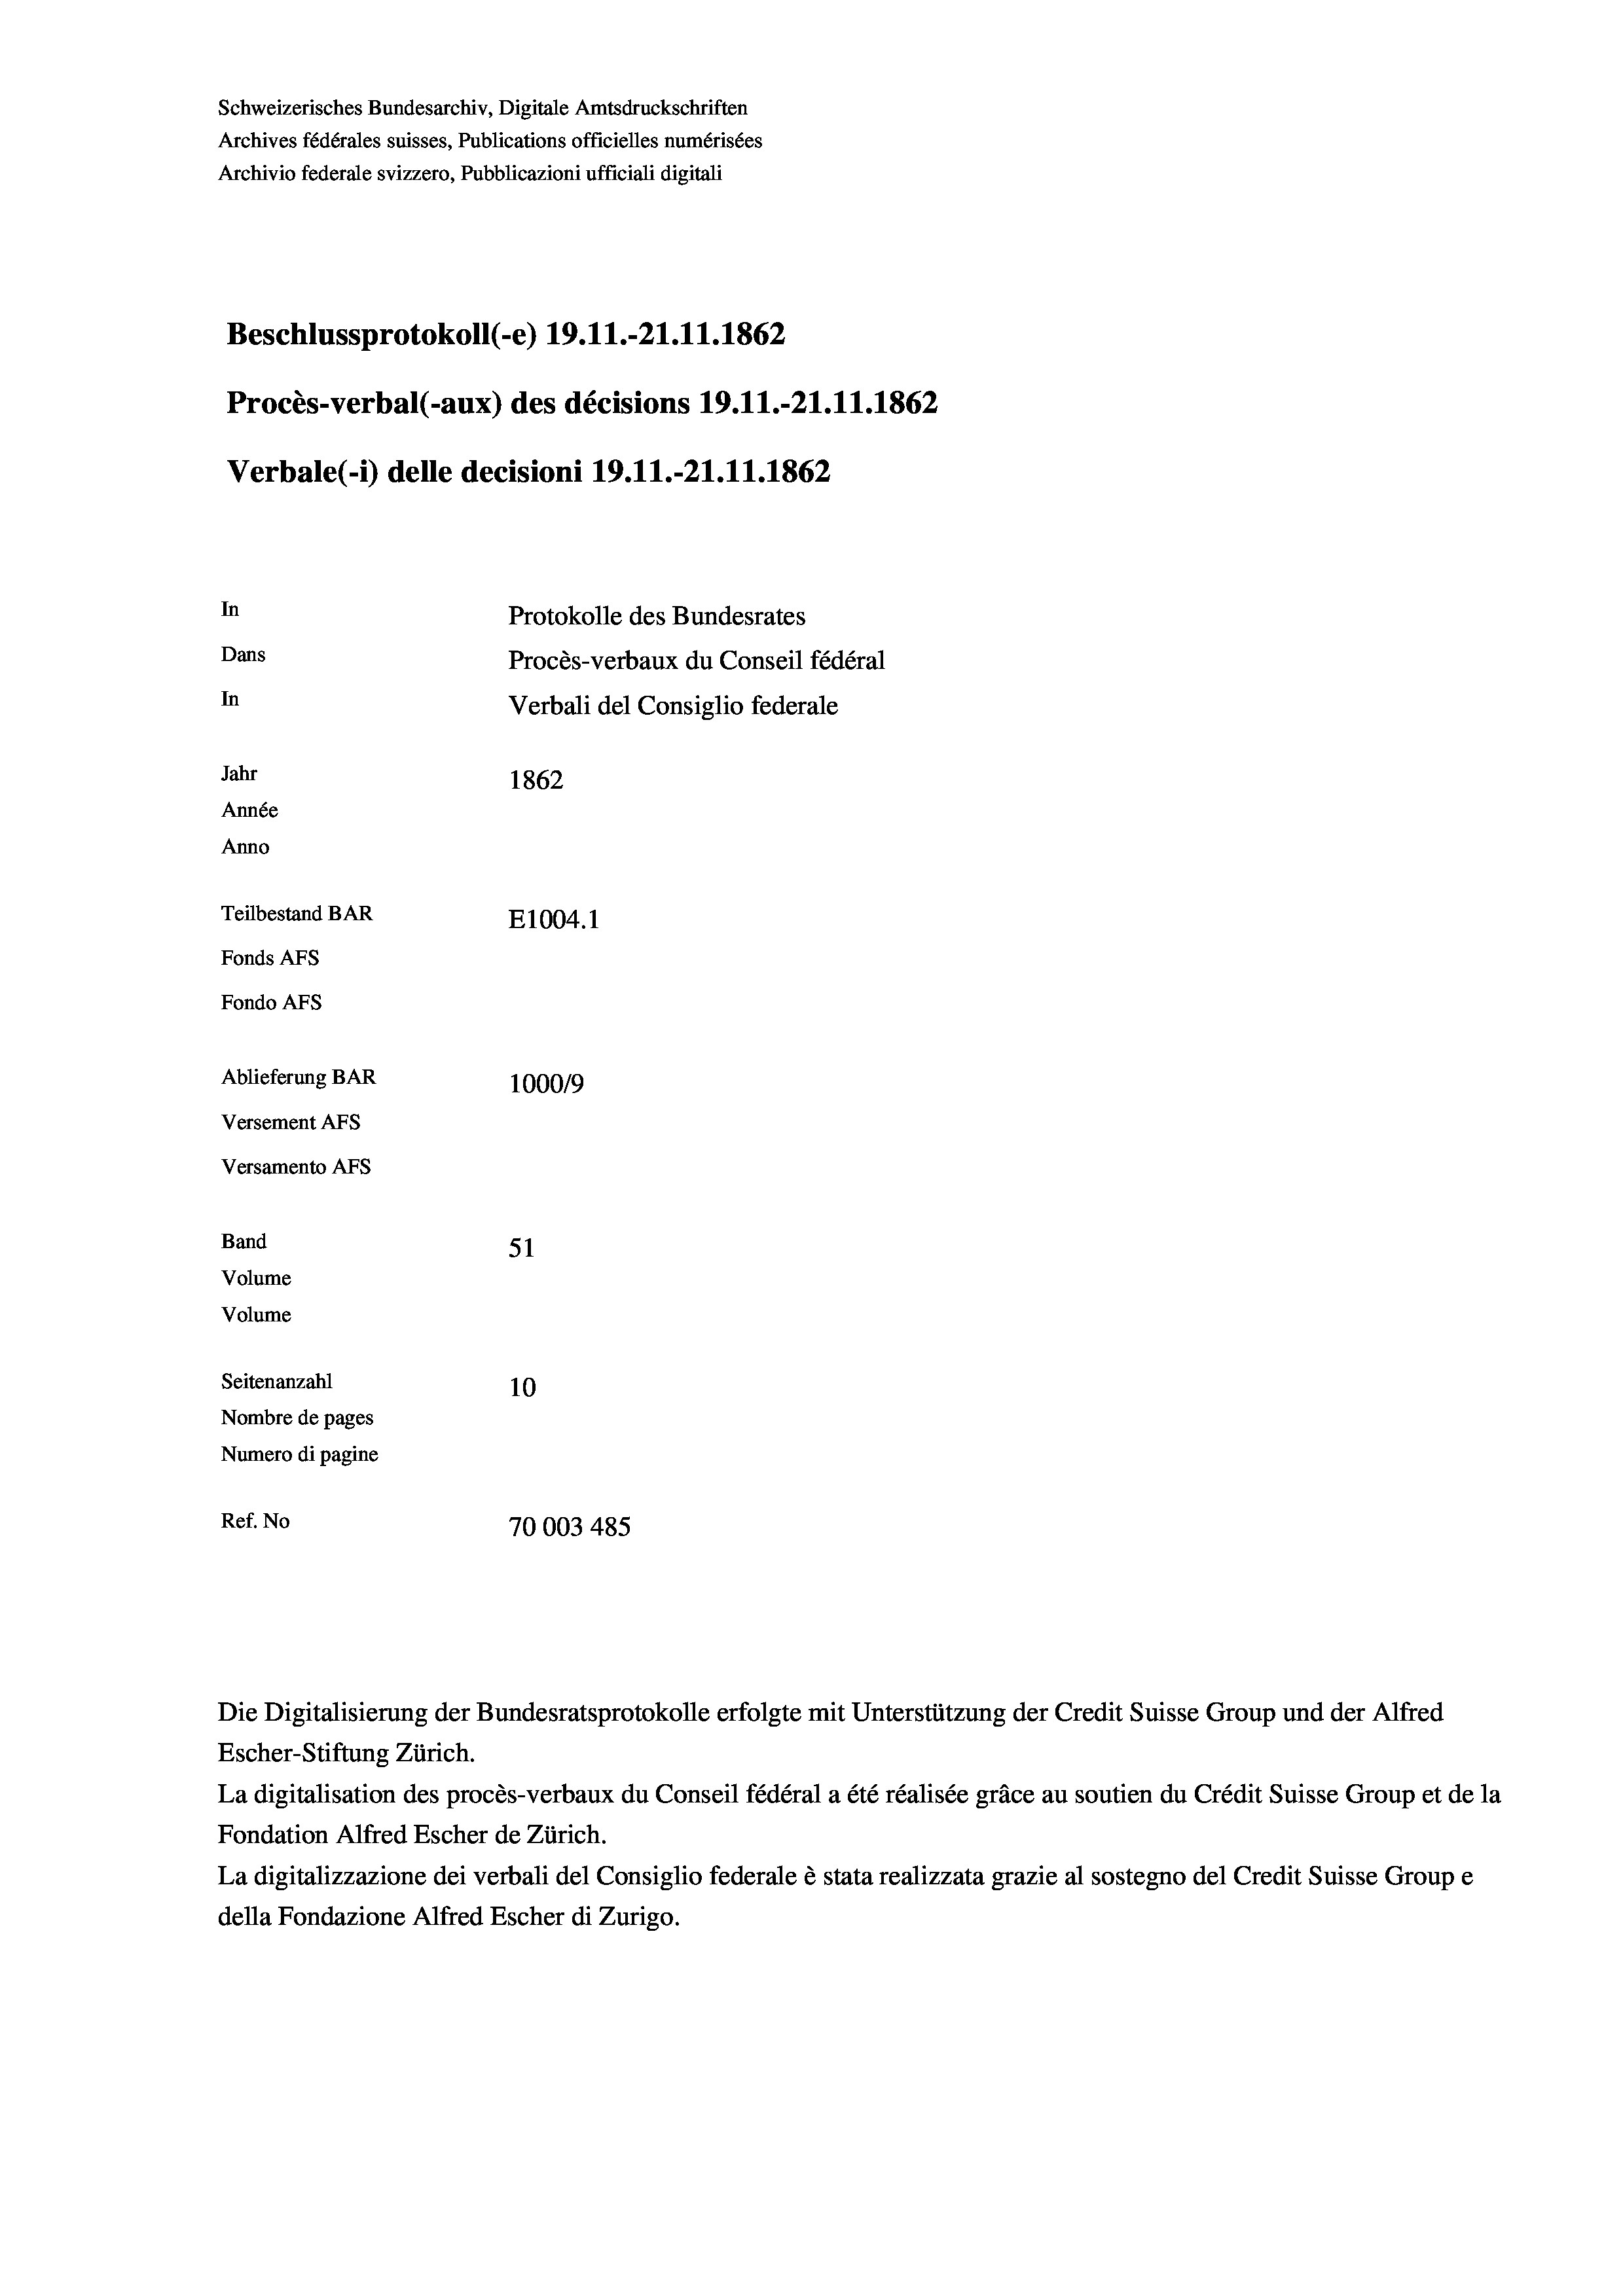
Beschlussprotokoll (-e) 19.11.-21.11.1862
Procès-verbal (-aux) des décisions 19.11.-21.11.1862
Verbale (1) delle decisioni 19. 11.-21.11.1862
In
Protokolle des Bundesrates
Dans
Procès-verbaux du Conseil fédéral
In
Verbali del Consiglio federale
Jahr
1862
Année
Anno
Teilbestand BAR
E1004. 1
Fonds AFs
Fondo AFs
Ablieferung BAR
100019
Versement AFs
Versamento AFs

51
Seitenanzahl
10
Nombre de pages
Numero di pagine
Ref. No
70003 485

Band
Volume
Volume

Schweizerisches Bundesarchiv, Digitale Amtsdruckschriften
Archives fédérales suisses, Publications officielles numérisées
Archivio federale svizzero, Pubblicazioni ufficiali digitali

La digitalisation des procès-verbaux du Conseil fédéral a été réalisée gräce au soutien du Crédit Suisse Group et de la
Fondation Alfred Escher de Zürich.
La digitalizzazione dei verbali del Consiglio federale è stata realizzata grazie al sostegno del Credit Suisse Groupe
della Fondazione Alfred Escher di Zurigo.

Die Digitalisierung der Bundesratsprotokolle erfolgte mit Unterstützung der Credit Suisse Group und der Alfred
Escher-Stiftung Zürich.